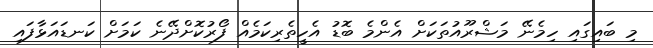
މި ބައިގައި ހިމެނޭ މަޝްރޫއުތަކަށް އެންމެ ބޮޑު އެހީތެރިކަމެއް ފޯރުކޮށްދޭނެ ކަމަށް ކަނޑައަޅާފައި